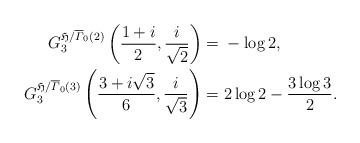
LaTeX: \begin{align*}G_3^{\mathfrak H/\overline{\varGamma}_{0}(2)}\left(\frac{1+i}{2},\frac{i}{\sqrt{2}}\right)={}&-\log2,\\G_3^{\mathfrak H/\overline{\varGamma}_{0}(3)}\left(\frac{3+i\sqrt{3}}{6},\frac{i}{\sqrt{3}}\right)={}&2\log2-\frac{3\log 3}{2}.\end{align*}